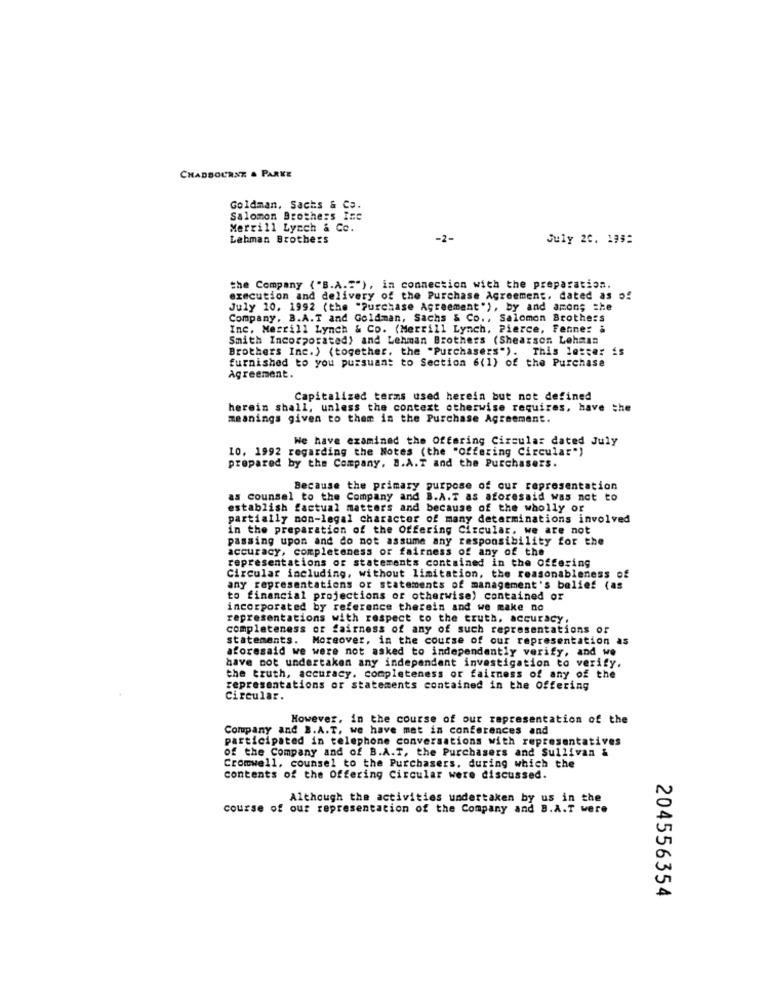
CHADBOURNE & PARKE
Goldman, Sachs & Co.
Salomon Brothers Inc
Merrill Lynch & Co.
Lehman Brothers
-2-
July 20. 195:
the Company ( "B.A."") , in connection with the preparation.
execution and delivery of the Purchase Agreement, dated as of
July 20. 1992 (the "Purchase Agreement"), by and among the
Company. B.A.T and Goldman, Sachs & Co ., Salomon Brothers
Inc, Merrill Lynch & Co. (Merrill Lynch, Pierce, Fenner &
Smith Incorporated) and Lehman Brothers (Shearson Lehman
Brothers Inc.) (together, the "Purchasers"). This letter is
furnished to you pursuant to Section 6(1) of the Purchase
Agreement.
Capitalized terms used herein but not defined
herein shall, unless the context otherwise requires, have the
meanings given to them in the Purchase Agreement.
We have examined the Offering Circular dated July
10. 1992 regarding the Notes (the "Offering Circular")
prepared by the Company. B.A.T and the Purchasers.
Because the primary purpose of our representation
as counsel to the Company and B.A.T as aforesaid was not to
establish factual matters and because of the wholly or
partially non-legal character of many determinations involved
in the preparation of the Offering Circular. we are not
passing upon and do not assume any responsibility for the
accuracy, completeness or fairness of any of the
representations or staterents contained in the offering
Circular including, without limitation, the reasonableness of
any representations or statements of management's belief (as
to financial projections or otherwise) contained or
incorporated by reference therein and we make no
representations with respect to the truth. accuracy:
completeness or fairness of any of such representations or
statements. Moreover, in the course of our representation as
aforesaid we were not asked to independently verify, and we
have not undertaken any independent investigation to verify.
the truth, accuracy. completeness or fairness of any of the
representations or statements contained in the Offering
Circular.
However, in the course of our representation of the
Company and B.A.T, we have mat in conferences and
participated in telephone conversations with representatives
of the Company and of B.A.T, the Purchasers and Sullivan &
Cromwell, counsel to the Purchasers. during which the
contents of the Offering Circular were discussed.
Although the activities undertaken by us in the
course of our representation of the Company and B.A.T were
204556354